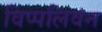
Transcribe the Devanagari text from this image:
विप्पलिवन